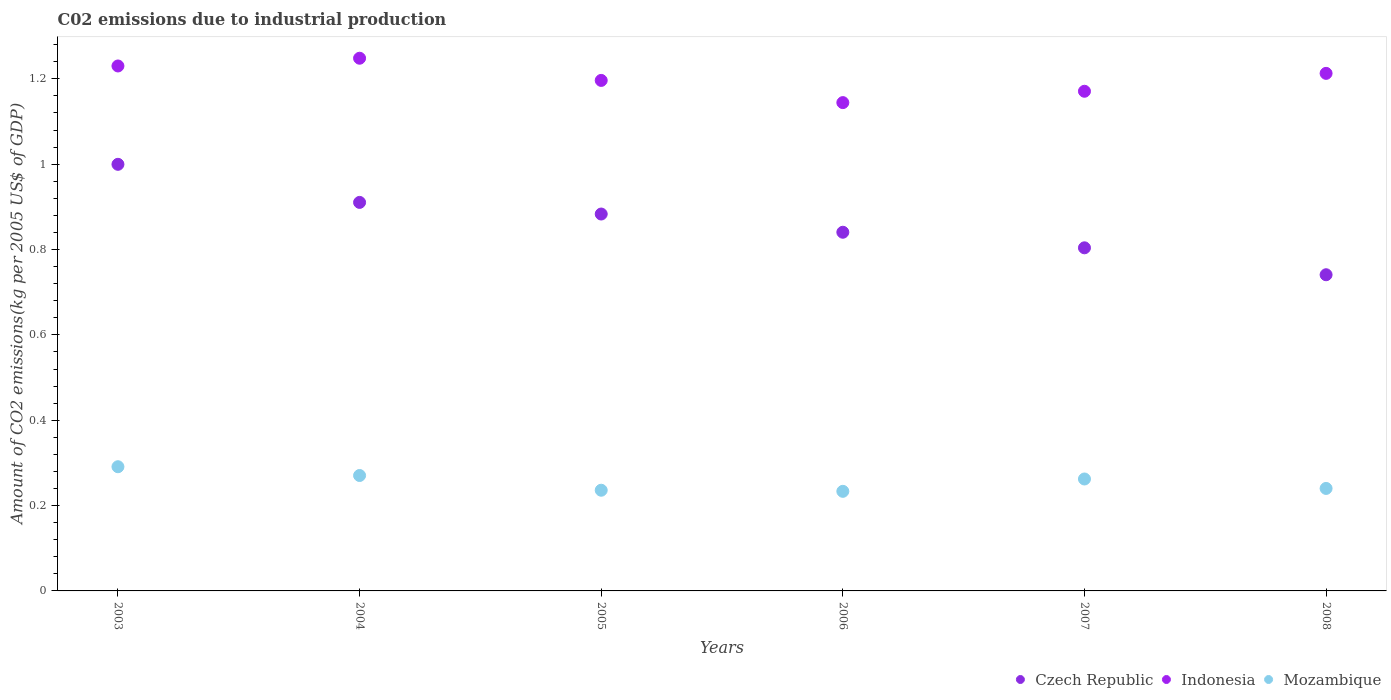
| Years | Czech Republic | Indonesia | Mozambique |
 | --- | --- | --- | --- |
 | 2003 | 1 | 1.23 | 0.291 |
 | 2004 | 0.91 | 1.25 | 0.27 |
 | 2005 | 0.883 | 1.2 | 0.236 |
 | 2006 | 0.841 | 1.14 | 0.233 |
 | 2007 | 0.804 | 1.17 | 0.262 |
 | 2008 | 0.741 | 1.21 | 0.24 |